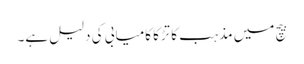
بیچ میں مذہب کا تڑکا کامیابی کی دلیل ہے۔